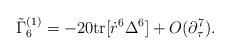
LaTeX: \begin{align*}\tilde{\Gamma}^{(1)}_6 =-20 {\rm tr} [ \dot{r}^6 \Delta^6 ]+ O( \partial_\tau^7 ).\end{align*}